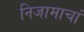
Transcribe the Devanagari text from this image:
निजामाचां